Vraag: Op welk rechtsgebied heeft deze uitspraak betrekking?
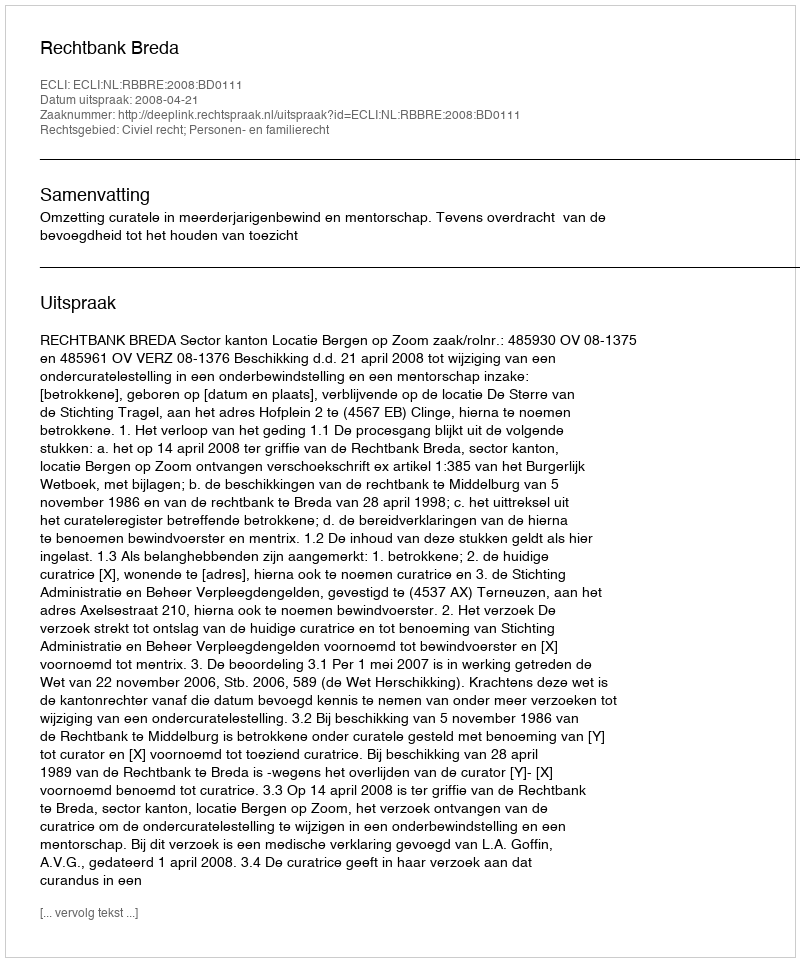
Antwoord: Civiel recht; Personen- en familierecht